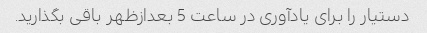
دستیار را برای یادآوری در ساعت 5 بعدازظهر باقی بگذارید.